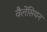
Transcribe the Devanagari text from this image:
वैलेंसियन